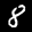
Label: 8